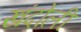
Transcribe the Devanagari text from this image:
खंदोली